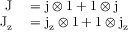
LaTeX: \begin{array} { r l } { \mathrm { J } } & { { } = \mathrm { j } \otimes 1 + 1 \otimes \mathrm { j } } \\ { \mathrm { J } _ { \mathrm { z } } } & { { } = \mathrm { j } _ { \mathrm { z } } \otimes 1 + 1 \otimes \mathrm { j } _ { \mathrm { z } } } \end{array}